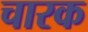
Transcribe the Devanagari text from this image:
चारक